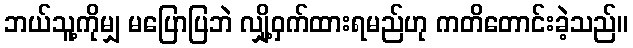
ဘယ်သူ့ကိုမျှ မပြောပြဘဲ လျှို့ဝှက်ထားရမည်ဟု ကတိတောင်းခဲ့သည်။